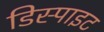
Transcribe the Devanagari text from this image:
डिस्पाइट